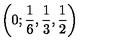
\left( 0 ; \frac { 1 } { 6 } , \frac { 1 } { 3 } , \frac { 1 } { 2 } \right)